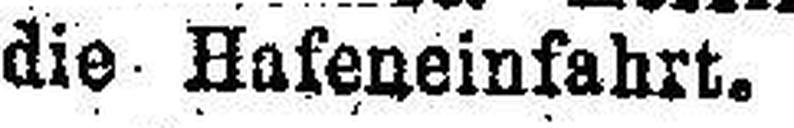
die Hafeneinfahrt.